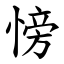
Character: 㥬